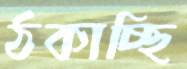
ঠকাচ্ছি